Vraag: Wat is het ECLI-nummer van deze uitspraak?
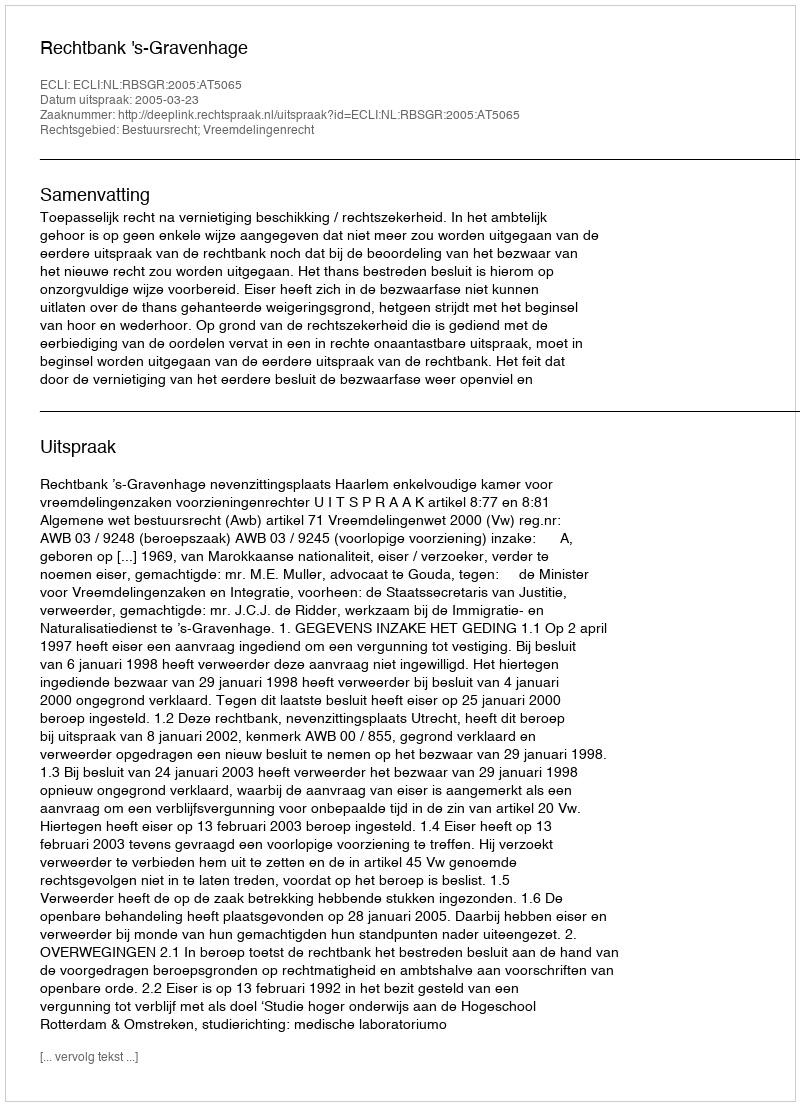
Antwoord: ECLI:NL:RBSGR:2005:AT5065